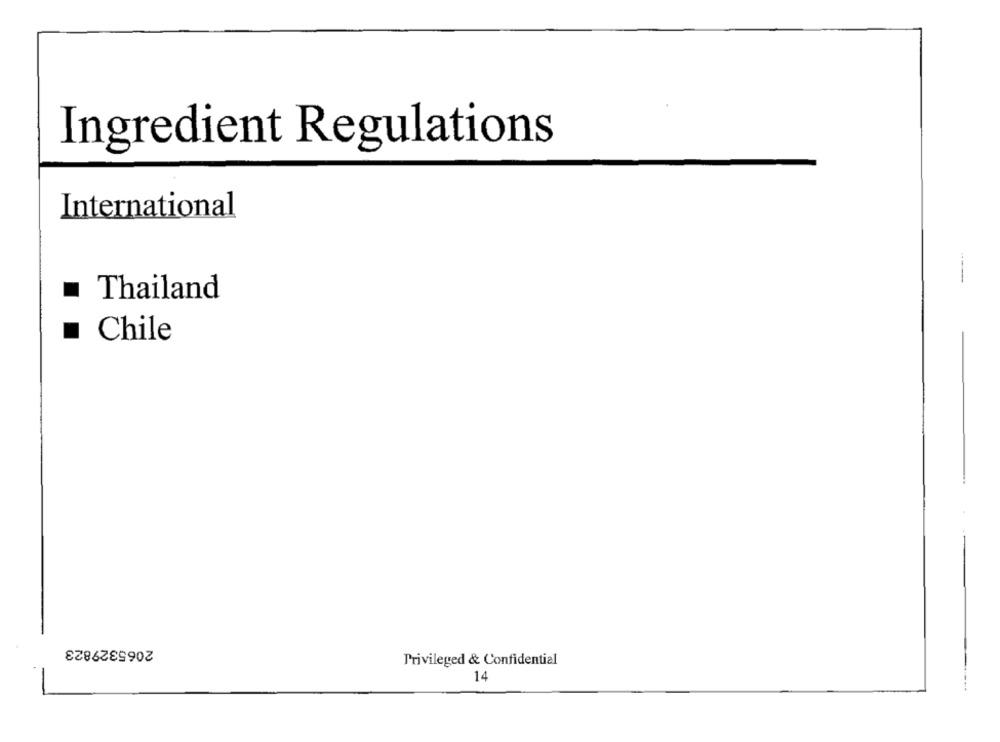
Ingredient Regulations
International
------
Thailand
Chile
2065329823
Privileged & Confidential
14